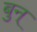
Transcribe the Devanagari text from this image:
बुन्‌